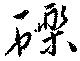
礫